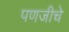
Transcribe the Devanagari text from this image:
पणजीचे